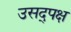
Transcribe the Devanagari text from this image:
उसद्पक्ष